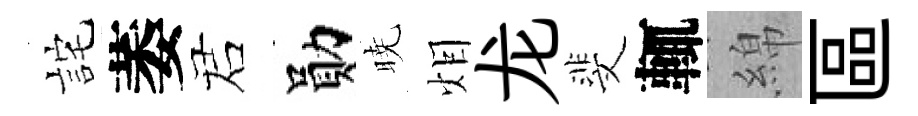
詫萎诺勛暁𤇆龙斐輒綿區